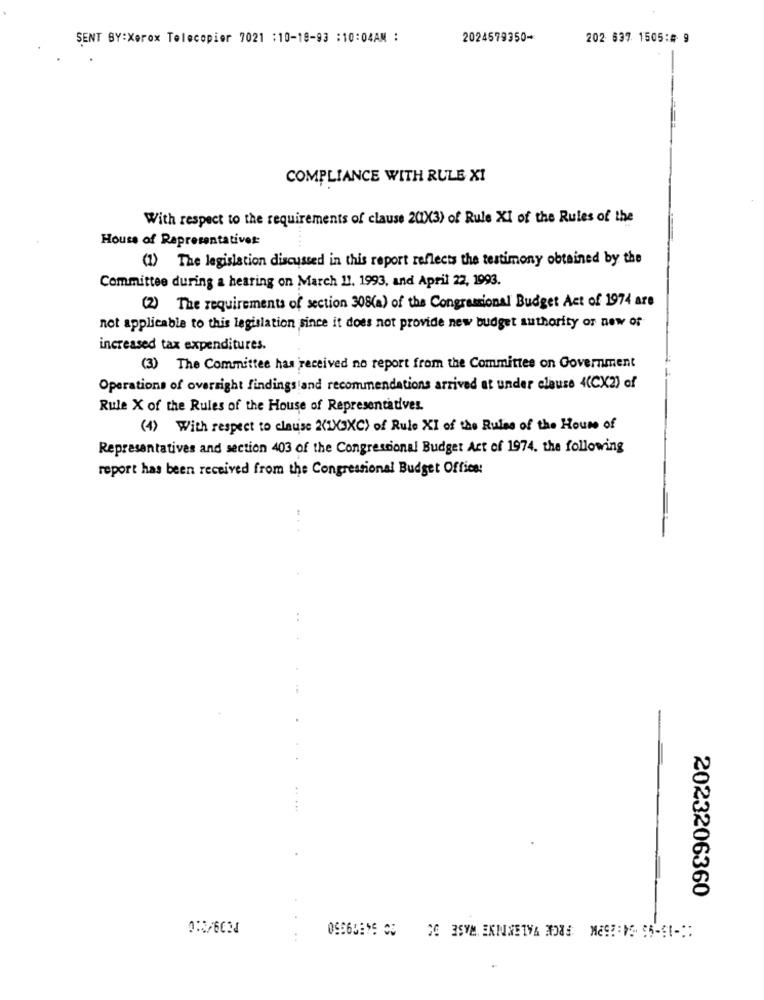
SENT BY:Xerox Telecopier 7021 ;10-18-93 :10:04AM :
2024579350-
202 637 1505:4 9
COMPLIANCE WITH RULE XI
With respect to the requirements of clause 20X3) of Rule XI of the Rules of the
House of Representatives:
(1) The legislation discussed in this report reflects the testimony obtained by the
Committee during a hearing on March 11. 1993, and April 22, 1993.
(2) The requirements of section 308(a) of the Congressional Budget Act of 1974 are
not applicable to this legislation since it does not provide new budget authority of new of
increased tax expenditures.
(3) The Committee has received no report from the Committee on Government
Operations of oversight findings and recommendations arrived at under clause 4(CX2) of
Rule X of the Rules of the House of Representatives.
(4) With respect to clause 2(1X3XC) of Rule XI of the Rules of the House of
Representatives and section 403 of the Congressional Budget Act of 1974. the following
report has been received from the Congressional Budget Office:
. .
==
2023206360
OSS6DESE OS OG 3SYM EKNINETYA ADAS MES != VE SS-ET -!: